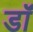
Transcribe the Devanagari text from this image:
डॉं